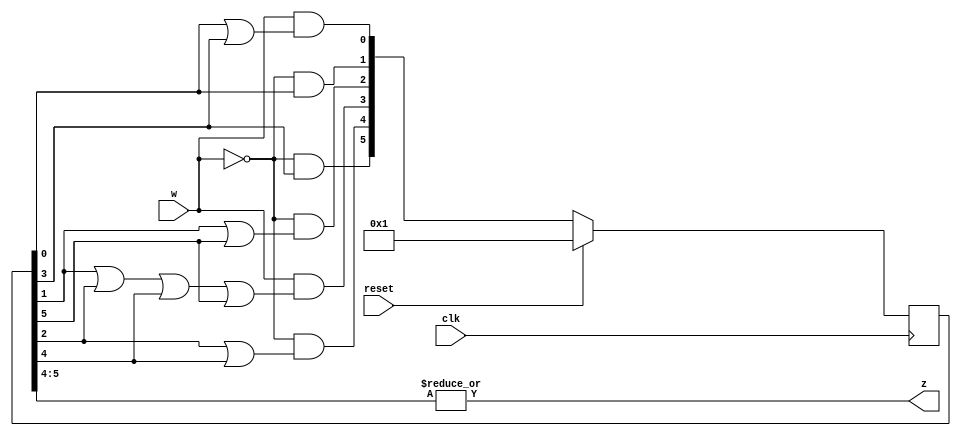
// SPDX-License-Identifier: MIT

module top_module (
    input clk,
    input reset,     // synchronous reset
    input w,
    output z);
    
    reg [5:0] y;
    wire [5:0] Y;
//    y                    z
//       | w = 0 | w = 1 |
// A 000    001     000    0
// B 001    010     011    0
// C 010    100     011    0
// D 011    101     000    0
// E 100    100     011    1
// F 101    010     011    1
    assign Y[0] = w & (y[0] | y[3]);
    assign Y[1] = !w & y[0];
    assign Y[2] = !w & (y[1] | y[5]);
    assign Y[3] = w & (y[1] | y[2] | y[4] | y[5]);
    assign Y[4] = !w & (y[2] | y[4]);
    assign Y[5] = !w & y[3];
    
    assign z = |y[5:4];
    
    always @(posedge clk) begin
        if (reset) y <= 6'b1;
        else y <= Y;
    end
    
endmodule